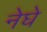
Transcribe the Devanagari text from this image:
नेघे